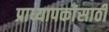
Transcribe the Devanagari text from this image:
प्राध्यापकांसाठी